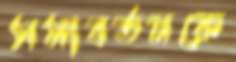
সমাবর্তনকে